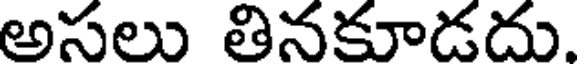
అసలు తినకూడదు.